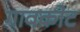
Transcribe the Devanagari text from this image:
गावकोट